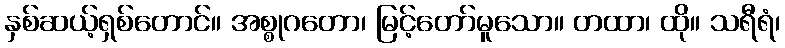
နှစ်ဆယ့်ရှစ်တောင်။ အစ္စုဂတော၊ မြင့်တော်မူသော။ တထာ၊ ထို။ သရီရံ၊